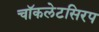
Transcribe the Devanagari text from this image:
चॉकलेटसिरप